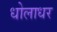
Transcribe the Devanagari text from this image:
धोलाधर